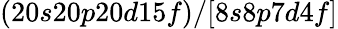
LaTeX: (20s20p20d15f)/[8s8p7d4f]